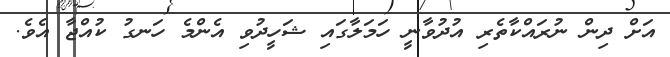
އަށް ދިން ނުރައްކާތެރި އުދުވާނީ ހަމަލާގައި ޝަހީދުވި އެންމެ ހަނގު ކުއްޖާ އެވެ.